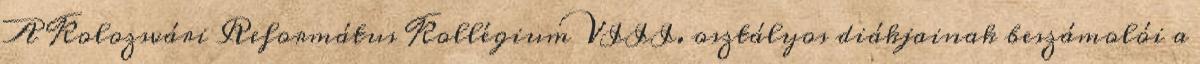
A Kolozsvári Református Kollégium VIII. osztályos diákjainak beszámolói a